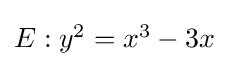
\textstyle E:y^{2}=x^{3}-3x